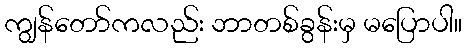
ကျွန်တော်ကလည်း ဘာတစ်ခွန်းမှ မပြောပါ။